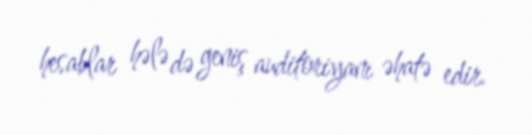
hesablar hələ də geniş auditoriyanı əhatə edir.